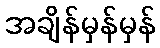
အချိန်မှန်မှန်